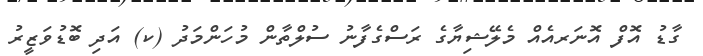
ގާޑު އޮފް އޮނަރއެއް މެލޭޝިޔާގެ ރަސްގެފާނު ސުލްތާން މުހަންމަދު (ކ) އަދި ބޮޑުވަޒީރު